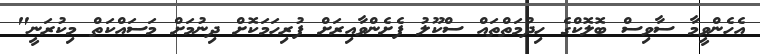
އެހެންވީމާ ސާވިސް ބޮލޮކްގެ ހިދުމަތްތައް ސްކޫލު ފެށެންވާއިރަށް ފުރިހަމަކޮށް ދިނުމަށް މަސައްކަތް މިކުރަނީ"